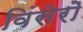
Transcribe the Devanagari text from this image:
विंसेरो